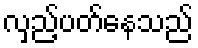
လှည့်ပတ်နေသည်